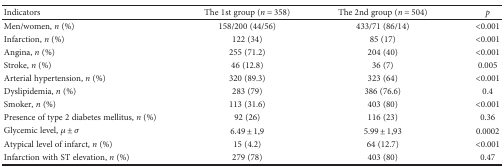
<table><thead><tr><td><b>Indicators</b></td><td><b>The 1st group (<i>n</i> = 358)</b></td><td><b>The 2nd group (<i>n</i> = 504)</b></td><td><b><i>p</i></b></td></tr></thead><tbody><tr><td>Men/women, <i>n</i> (%)</td><td>158/200 (44/56)</td><td>433/71 (86/14)</td><td>&lt;0.001</td></tr><tr><td>Infarction, <i>n</i> (%)</td><td>122 (34)</td><td>85 (17)</td><td>&lt;0.001</td></tr><tr><td>Angina, <i>n</i> (%)</td><td>255 (71.2)</td><td>204 (40)</td><td>&lt;0.001</td></tr><tr><td>Stroke, <i>n</i> (%)</td><td>46 (12.8)</td><td>36 (7)</td><td>0.005</td></tr><tr><td>Arterial hypertension, <i>n</i> (%)</td><td>320 (89.3)</td><td>323 (64)</td><td>&lt;0.001</td></tr><tr><td>Dyslipidemia, <i>n</i> (%)</td><td>283 (79)</td><td>386 (76.6)</td><td>0.4</td></tr><tr><td>Smoker, <i>n</i> (%)</td><td>113 (31.6)</td><td>403 (80)</td><td>&lt;0.001</td></tr><tr><td>Presence of type 2 diabetes mellitus, <i>n</i> (%)</td><td>92 (26)</td><td>116 (23)</td><td>0.36</td></tr><tr><td>Glycemic level, <i>μ</i> ± <i>σ</i></td><td>6.49 ± 1,9</td><td>5.99 ± 1,93</td><td>0.0002</td></tr><tr><td>Atypical level of infarct, <i>n</i> (%)</td><td>15 (4.2)</td><td>64 (12.7)</td><td>&lt;0.001</td></tr><tr><td>Infarction with ST elevation, <i>n</i> (%)</td><td>279 (78)</td><td>403 (80)</td><td>0.47</td></tr></tbody></table>